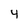
Character: 4